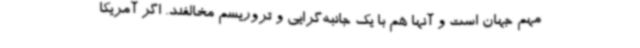
مهم جهان است و آنها هم با یک جانبه‌گرایی و تروریسم مخالفند. اگر آمریکا